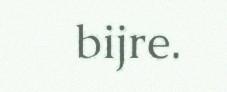
bijre.